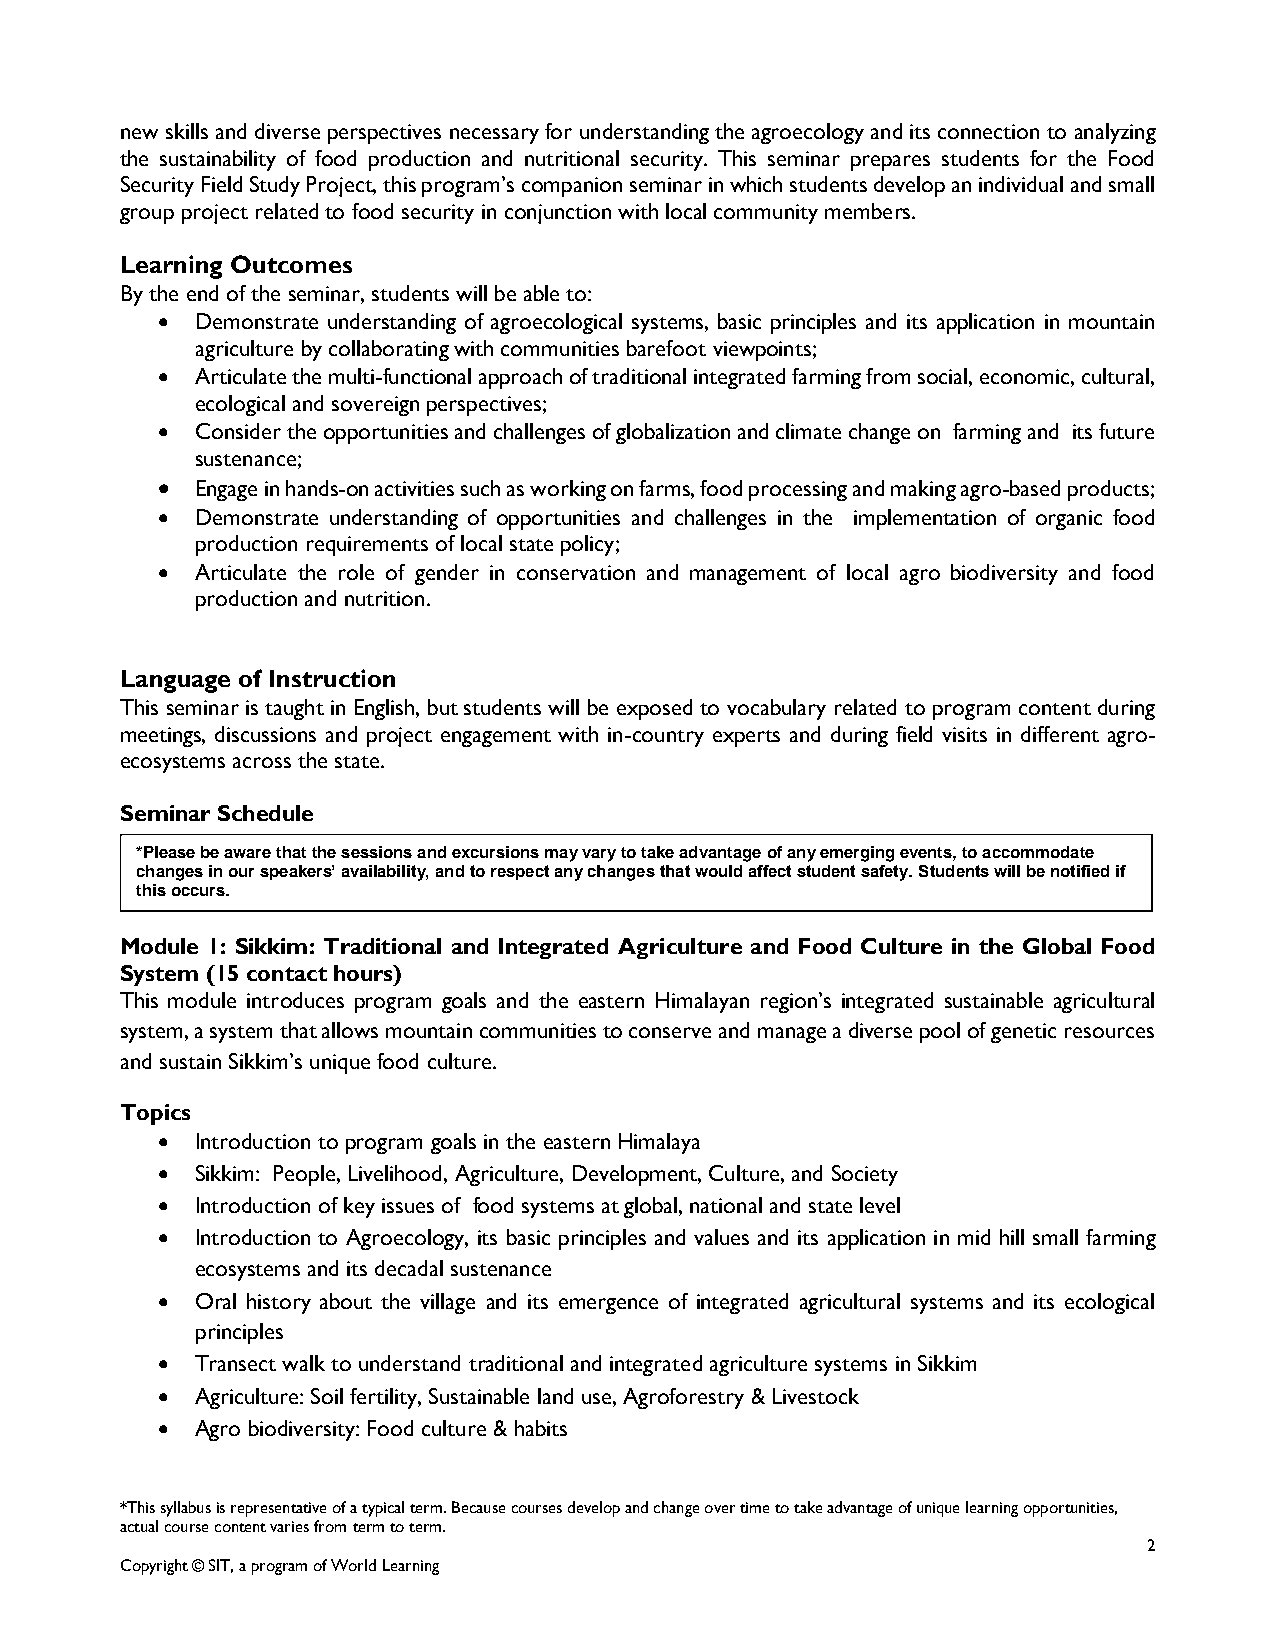
new skills and diverse perspectives necessary for understanding the agroecology and its connection to analyzing
 the sustainability of food production and nutritional security. This seminar prepares students for the Food
 Security Field Study Project, this program’s companion seminar in which students develop an individual and small
 group project related to food security in conjunction with local community members.
 Learning Outcomes
 By the end of the seminar, students will be able to:
   Demonstrate understanding of agroecological systems, basic principles and its application in mountain
 agriculture by collaborating with communities barefoot viewpoints;
   Articulate the multi-functional approach of traditional integrated farming from social, economic, cultural,
 ecological and sovereign perspectives;
   Consider the opportunities and challenges of globalization and climate change on farming and its future
 sustenance;
   Engage in hands-on activities such as working on farms, food processing and making agro-based products;
   Demonstrate understanding of opportunities and challenges in the implementation of organic food
 production requirements of local state policy;
   Articulate the role of gender in conservation and management of local agro biodiversity and food
 production and nutrition.
 Language of Instruction
 This seminar is taught in English, but students will be exposed to vocabulary related to program content during
 meetings, discussions and project engagement with in-country experts and during field visits in different agro-
 ecosystems across the state.
 Seminar Schedule
 *Please be aware that the sessions and excursions may vary to take advantage of any emerging events, to accommodate
 changes in our speakers’ availability, and to respect any changes that would affect student safety. Students will be notified if
 this occurs.
 Module 1: Sikkim: Traditional and Integrated Agriculture and Food Culture in the Global Food
 System (15 contact hours)
 This module introduces program goals and the eastern Himalayan region’s integrated sustainable agricultural
 system, a system that allows mountain communities to conserve and manage a diverse pool of genetic resources
 and sustain Sikkim’s unique food culture.
 Topics
   Introduction to program goals in the eastern Himalaya
   Sikkim: People, Livelihood, Agriculture, Development, Culture, and Society
   Introduction of key issues of food systems at global, national and state level
   Introduction to Agroecology, its basic principles and values and its application in mid hill small farming
 ecosystems and its decadal sustenance
   Oral history about the village and its emergence of integrated agricultural systems and its ecological
 principles
   Transect walk to understand traditional and integrated agriculture systems in Sikkim
   Agriculture: Soil fertility, Sustainable land use, Agroforestry & Livestock
   Agro biodiversity: Food culture & habits
 *This syllabus is representative of a typical term. Because courses develop and change over time to take advantage of unique learning opportunities,
 actual course content varies from term to term.
 2
 Copyright © SIT, a program of World Learning